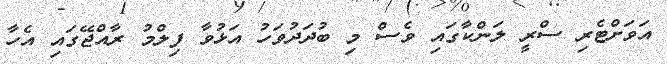
އަވަށްޓެރި ސްރީ ލަންކާގައި ވެސް މި ބުދަދުވަހު އަޅުވާ ފިލްމު ރާއްޖޭގައި އެހާ